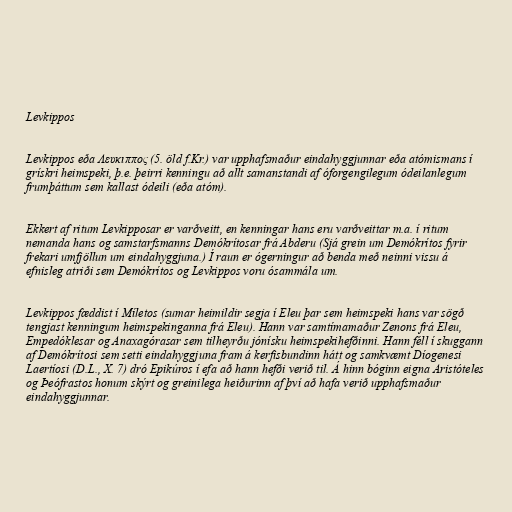
Levkippos

Levkippos eða Λευκιππος (5. öld f.Kr.) var upphafsmaður eindahyggjunnar eða atómismans í
grískri heimspeki, þ.e. þeirri kenningu að allt samanstandi af óforgengilegum ódeilanlegum
frumþáttum sem kallast ódeili (eða atóm).

Ekkert af ritum Levkipposar er varðveitt, en kenningar hans eru varðveittar m.a. í ritum
nemanda hans og samstarfsmanns Demókrítosar frá Abderu (Sjá grein um Demókrítos fyrir
frekari umfjöllun um eindahyggjuna.) Í raun er ógerningur að benda með neinni vissu á
efnisleg atriði sem Demókrítos og Levkippos voru ósammála um.

Levkippos fæddist í Míletos (sumar heimildir segja í Eleu þar sem heimspeki hans var sögð
tengjast kenningum heimspekinganna frá Eleu). Hann var samtímamaður Zenons frá Eleu,
Empedóklesar og Anaxagórasar sem tilheyrðu jónísku heimspekihefðinni. Hann féll í skuggann
af Demókrítosi sem setti eindahyggjuna fram á kerfisbundinn hátt og samkvæmt Díogenesi
Laertíosi (D.L., X. 7) dró Epikúros í efa að hann hefði verið til. Á hinn bóginn eigna Aristóteles
og Þeófrastos honum skýrt og greinilega heiðurinn af því að hafa verið upphafsmaður
eindahyggjunnar.